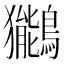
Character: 𫛖